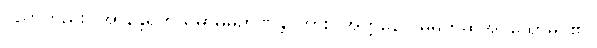
ပညာတည်း။ အာနန္တရိကသမာဓိမှိဉာဏန္တိ၊ ကား။ အတ္တနော၊ မိမိဟုဆိုအပ်သောမဂ်၏။